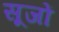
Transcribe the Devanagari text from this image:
सूजों